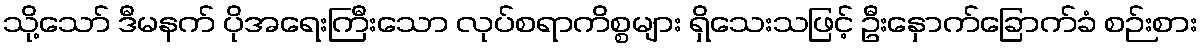
သို့သော် ဒီမနက် ပိုအရေးကြီးသော လုပ်စရာကိစ္စများ ရှိသေးသဖြင့် ဦးနှောက်ခြောက်ခံ စဉ်းစား